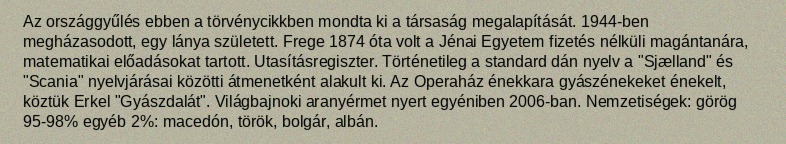
Az országgyűlés ebben a törvénycikkben mondta ki a társaság megalapítását. 1944-ben megházasodott, egy lánya született. Frege 1874 óta volt a Jénai Egyetem fizetés nélküli magántanára, matematikai előadásokat tartott. Utasításregiszter. Történetileg a standard dán nyelv a "Sjælland" és "Scania" nyelvjárásai közötti átmenetként alakult ki. Az Operaház énekkara gyászénekeket énekelt, köztük Erkel "Gyászdalát". Világbajnoki aranyérmet nyert egyéniben 2006-ban. Nemzetiségek: görög 95-98% egyéb 2%: macedón, török, bolgár, albán.